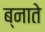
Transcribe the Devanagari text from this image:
ब्नाते